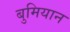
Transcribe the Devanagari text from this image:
बुमियान